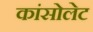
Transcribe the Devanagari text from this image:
कांसोलेट